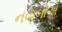
નવાબોએ